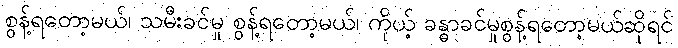
စွန့်ရတော့မယ်၊ သမီးခင်မှု စွန့်ရတော့မယ်၊ ကိုယ့် ခန္ဓာခင်မှုစွန့်ရတော့မယ်ဆိုရင်